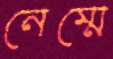
নেম্মে